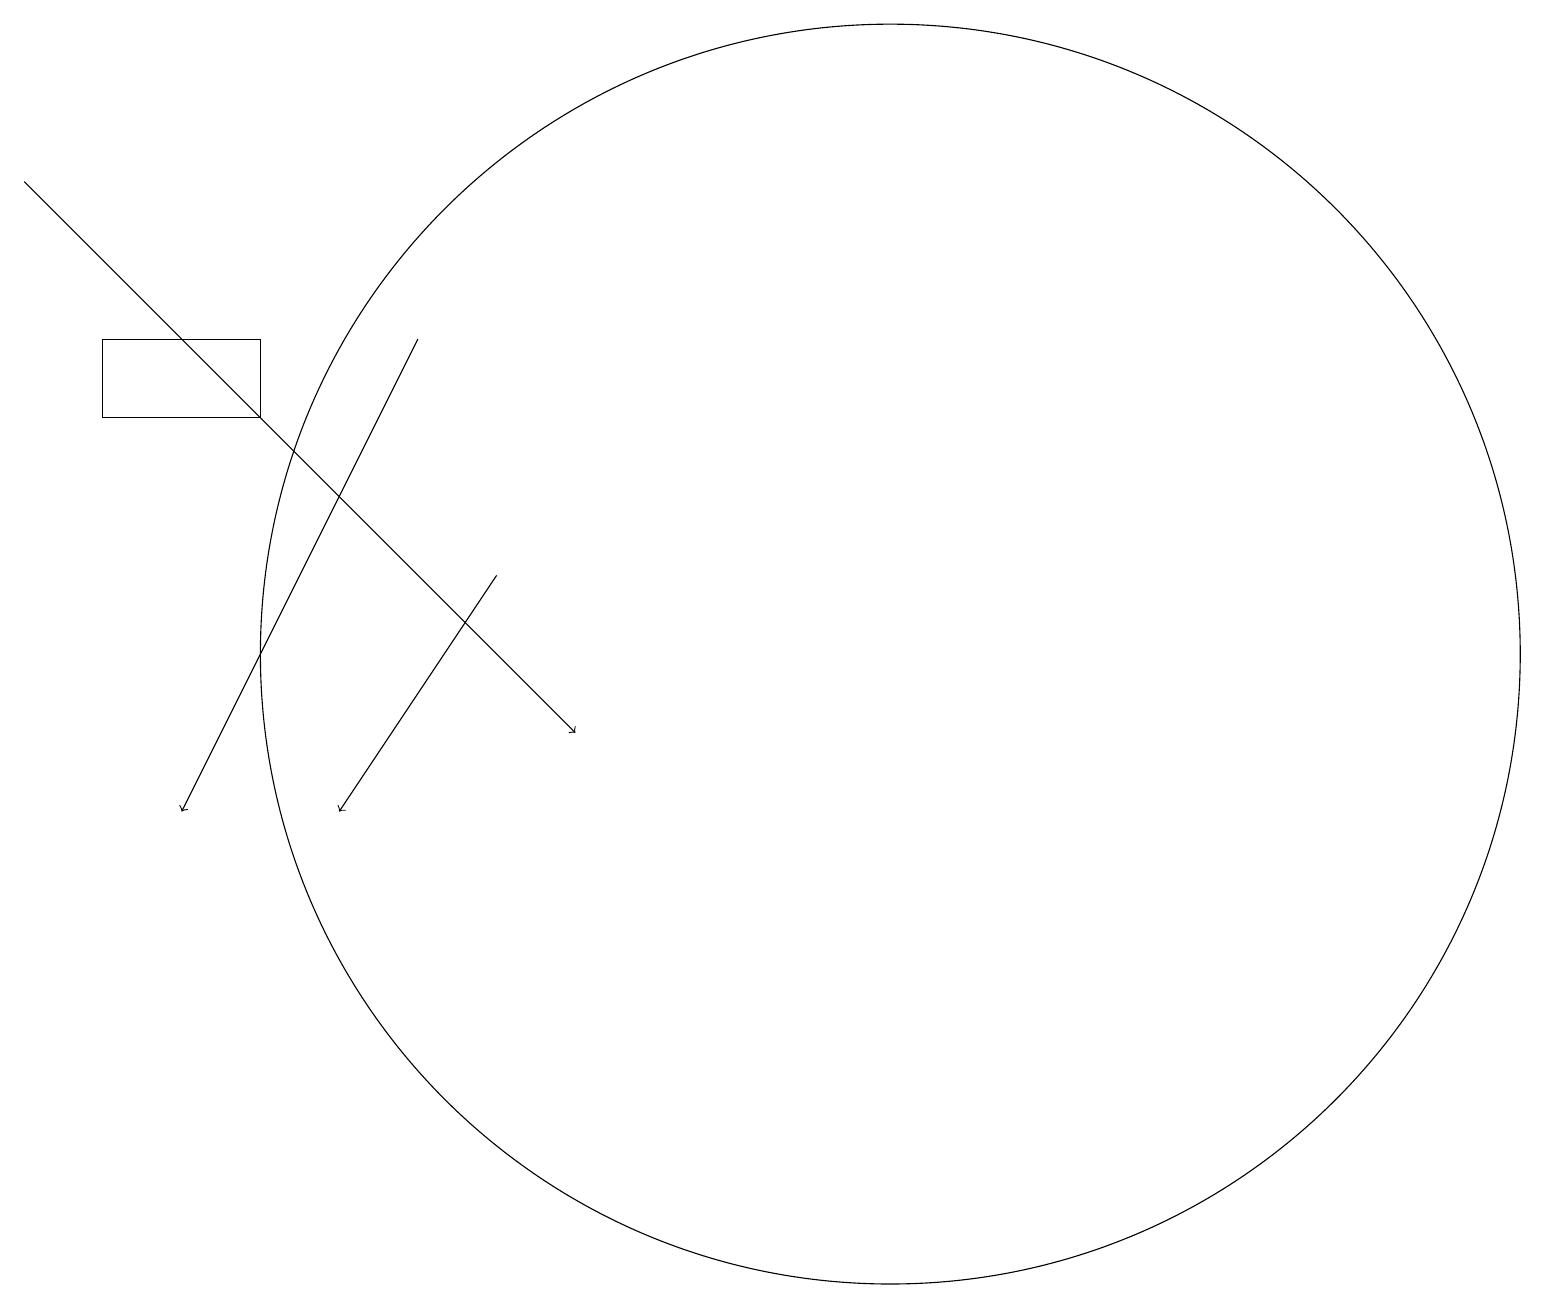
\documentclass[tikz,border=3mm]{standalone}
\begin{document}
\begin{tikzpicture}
\draw[->] (6,13) -- (4,10);
\draw[->] (0,18) -- (7,11);
\draw (1,15) rectangle (3,16);
\draw (11,12) circle (8);
\draw[->] (5,16) -- (2,10);
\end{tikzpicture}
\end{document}